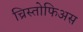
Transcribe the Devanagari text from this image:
च्रिस्तोफिअस